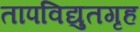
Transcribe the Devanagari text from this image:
तापविद्युतगृह